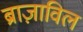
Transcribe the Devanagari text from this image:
ब्राज़ाविल